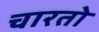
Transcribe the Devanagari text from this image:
चारतो